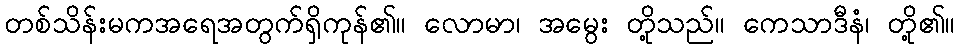
တစ်သိန်းမကအရေအတွက်ရှိကုန်၏။ လောမာ၊ အမွေး တို့သည်။ ကေသာဒီနံ၊ တို့၏။